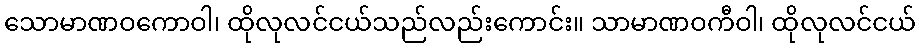
သောမာဏဝကောဝါ၊ ထိုလုလင်ငယ်သည်လည်းကောင်း။ သာမာဏဝကီဝါ၊ ထိုလုလင်ငယ်